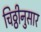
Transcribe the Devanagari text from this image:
चिठ्ठीनुसार